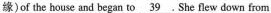
缘)of the house and began to \underline{39}. She flew down from